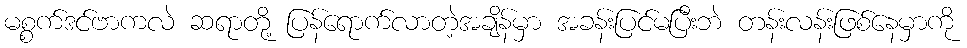
မစ္စက်ဒင်ဗာကလဲ ဆရာတို့ ပြန်ရောက်လာတဲ့အချိန်မှာ အခန်းပြင်မပြီးဘဲ တန်းလန်းဖြစ်နေမှာကို